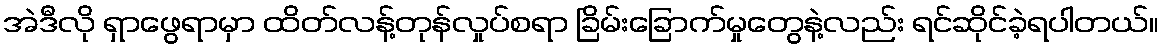
အဲဒီလို ရှာဖွေရာမှာ ထိတ်လန့်တုန်လှုပ်စရာ ခြိမ်းခြောက်မှုတွေနဲ့လည်း ရင်ဆိုင်ခဲ့ရပါတယ်။